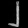
Digit: ၂